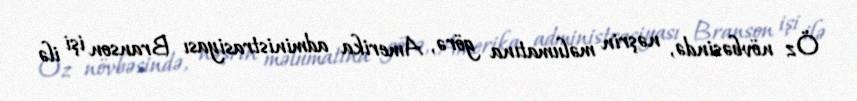
Öz növbəsində, nəşrin məlumatına görə, Amerika administrasiyası Branson işi ilə